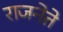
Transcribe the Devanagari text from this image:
राजनेते